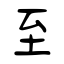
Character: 至